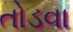
તોડવા